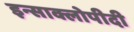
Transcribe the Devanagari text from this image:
इन्साक्लोपीदी